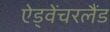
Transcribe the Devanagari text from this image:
ऐड्वेंचरलैंड